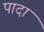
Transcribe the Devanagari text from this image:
पादा